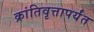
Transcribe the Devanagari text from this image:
क्रांतिवृत्तापर्यंत